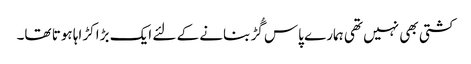
کشتی بھی نہیں تھی ہمارے پاس گُڑ بنانے کے لئے ایک بڑا کڑاہا ہوتا تھا۔